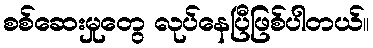
စစ်ဆေးမှုတွေ လုပ်နေပြီဖြစ်ပါတယ်။